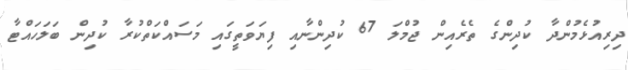
ދިރިއުޅެމުންދާ ކުދިންގެ ތެރެއިން ޖުމްލަ 67 ކުދިންނާއި ފިޔަވަތީގައި މަސައްކަތްކުރާ ކުދިން ބަލަހައްޓާ